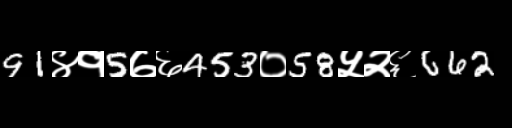
Text: 91४१5७६453०58५२६662